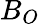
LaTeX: B_{O}